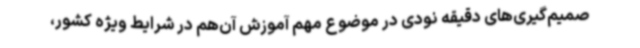
صمیم‌گیری‌های دقیقه نودی در موضوع مهم آموزش آن‌هم در شرایط ویژه کشور،